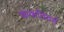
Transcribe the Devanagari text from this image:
कंकतिवर्ग